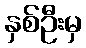
နှစ်ဦးမှ